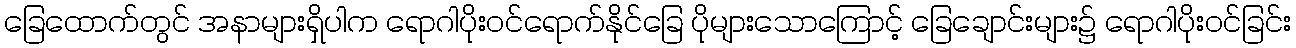
ခြေထောက်တွင် အနာများရှိပါက ရောဂါပိုးဝင်ရောက်နိုင်ခြေ ပိုများသောကြောင့် ခြေချောင်းများ၌ ရောဂါပိုးဝင်ခြင်း